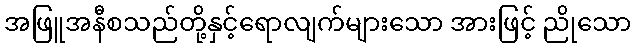
အဖြူအနီစသည်တို့နှင့်ရောလျက်များသော အားဖြင့် ညိုသော